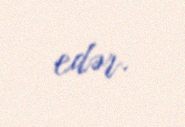
edər.